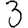
Digit: 3